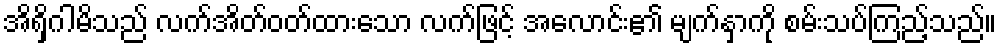
အိရှိဂါမိသည် လက်အိတ်ဝတ်ထားသော လက်ဖြင့် အလောင်း၏ မျက်နှာကို စမ်းသပ်ကြည့်သည်။